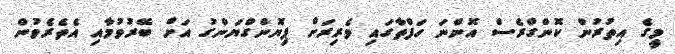
މީގެ އިތުރުން ކޮންގްރެސް އޮންނަ ހަފްތާގައި ވެރިރަށް ޕިޔޮންގްޔަންގު އަށް ބޭރުވުމާއި އެތެރެވުން